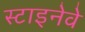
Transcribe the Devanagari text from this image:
स्टाइनेवे